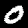
Digit: 0